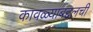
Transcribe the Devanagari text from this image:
कावळ्याबद्दलची